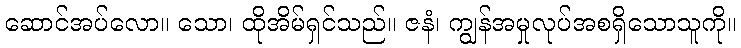
ဆောင်အပ်လော။ သော၊ ထိုအိမ်ရှင်သည်။ ဇနံ၊ ကျွန်အမှုလုပ်အစရှိသောသူကို။